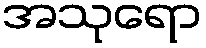
အသုရော